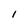
Character: i